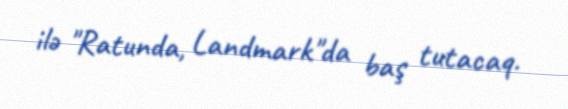
ilə "Ratunda, Landmark"da baş tutacaq.